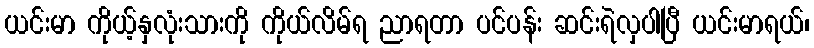
ယင်းမာ ကိုယ့်နှလုံးသားကို ကိုယ်လိမ်ရ ညာရတာ ပင်ပန်း ဆင်းရဲလှပါပြီ ယင်းမာရယ်၊